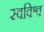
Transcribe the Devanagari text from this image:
स्वविश्व